Indian journal of veterinary science and animal husbandry - Volume 3,
Year: 1933
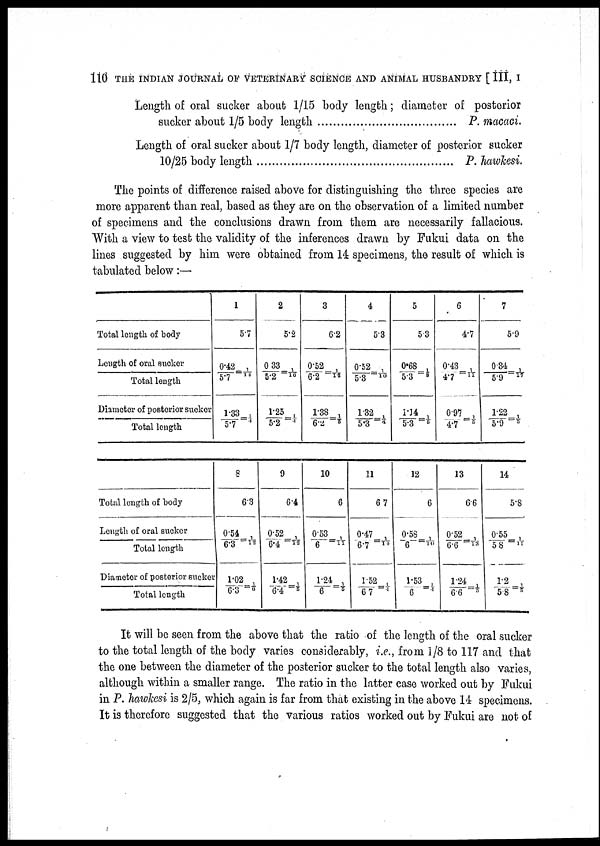
110 THE INDIAN JOURNAL OF VETERINARY SCIENCE AND ANIMAL HUSBANDRY [ III, I
Length of oral sucker about 1/15 body length; diameter of posterior
sucker about 1/5 body length
P. macaci.
Length of oral sucker about 1/7 body length, diameter of posterior sucker
10/25 body length
P. hawkesi.
The points of difference raised above for distinguishing the three species are
more apparent than real, based as they are on the observation of a limited number
of specimens and the conclusions drawn from them are necessarily fallacious.
With a view to test the validity of the inferences drawn by Fukui data on the
lines suggested by him were obtained from 14 specimens, the result of which is
tabulated below :—
Total length of body
Length of oral sucker/
Total length
Diameter of postorior sucker/
Total length
1
5.7
0.42/5.7=1/14
1. 33/ 5. 7= 1/ 4
2
5.2
0.33/5.2=1/16
1. 25/ 5. 2=1/ 4
3
6.2
0. 52/ 6. 2=1/ 12
1.38/6.2=1/5
4
5.3
0. 52/ 5. 3=1/ 10
1.32/5.3=1/4
5
5.3
0. 68/ 5. 3=1/ 8
1. 14/ 5. 3=1/ 5
6
4.7
0. 43/ 4. 7=1/ 11
0. 97/ 4. 7=1/ 5
7
5.9
0. 34/ 5. 9=1/ 17
1.22/5.9=1/5
Total length of body
Length of oral sucker/
Total length
Diameter of posterior sucker/
Total length
8
6.3
0. 54/ 6. 3=1/ 12
1. 02/ 6. 3=1/ 6
9
6.4
0.52/6.4=1/12
1.42/6.4=1/5
10
6
0.53/6=1/11
1.24/6=1/5
11
6.7
0. 47/ 6. 7=1/ 14
1.52/6.7=1/4
12
6
0.58/6=1/10
1. 53/6=1/4
13
6.6
0. 52/ 6. 6=1/ 13
1.24/6.6=1/5
14
5.8
0.55/5.8=1/11
1.2/5.8=1/5
It will be seen from the above that the ratio of the length of the oral sucker
to the total length of the body varies considerably, i.e., from 1/8 to 117 and that
the one between the diameter of the posterior sucker to the total length also varies,
although within a smaller range. The ratio in the latter case worked out by Fukui
in P. hawkesi is 2/5, which again is far from that existing in the above 14 specimens.
It is therefore suggested that the various ratios worked out by Fukui are not of